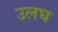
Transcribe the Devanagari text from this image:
उलघ